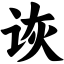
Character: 诙